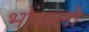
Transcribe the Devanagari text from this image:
भोंसलों